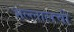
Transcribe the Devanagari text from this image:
भल्लालची